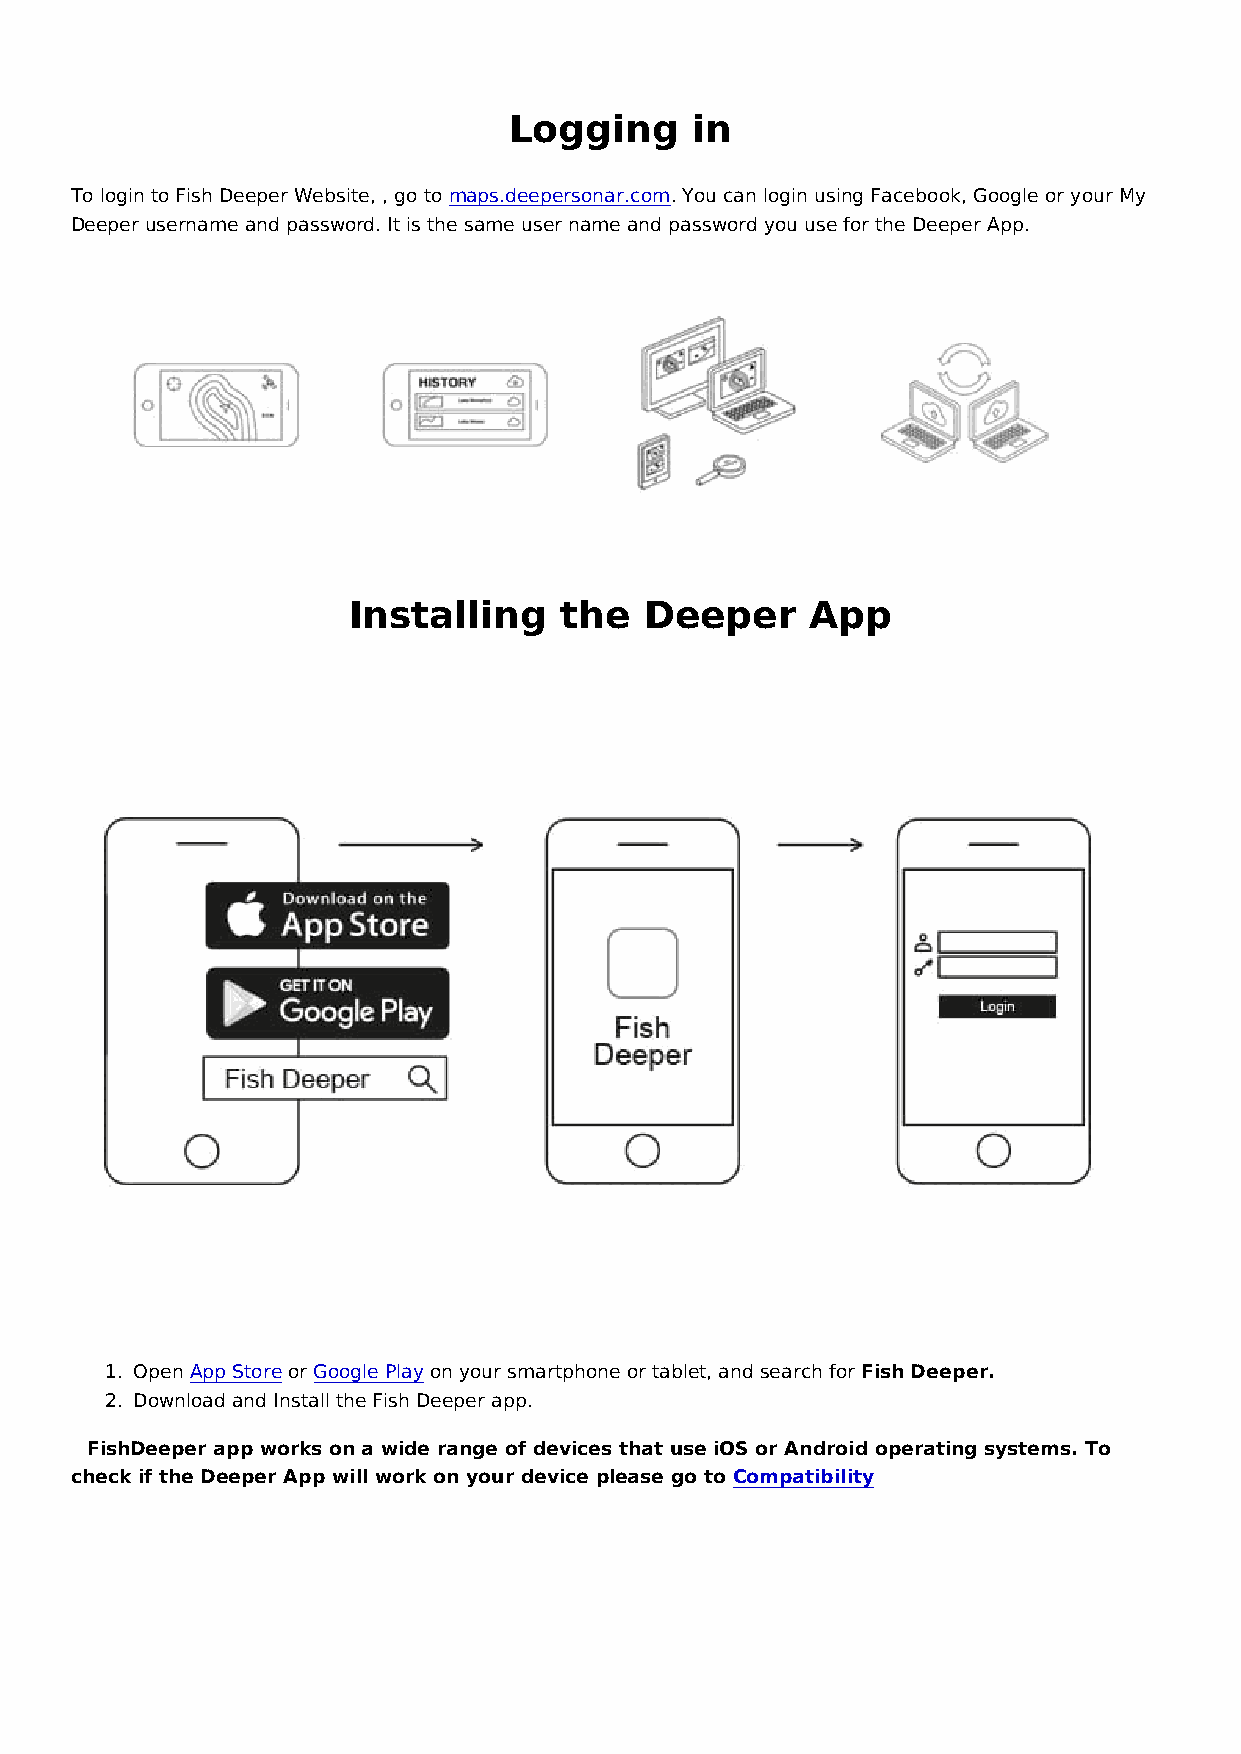
Logging     in
 To login to Fish Deeper Website, , go to maps.deepersonar.com. You can login using Facebook, Google or your My
 Deeper username and password. It is the same user name and password you use for the Deeper App.
 Installing    the   Deeper     App
 1. Open App Store or Google Play on your smartphone or tablet, and search for Fish Deeper.
 2. Download and Install the Fish Deeper app.
 ⓘ FishDeeper app works on a wide range of devices that use iOS or Android operating systems. To
 check if the Deeper App will work on your device please go to Compatibility